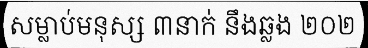
សម្លាប់មនុស្ស ៣នាក់ នឹងឆ្លង ២០២